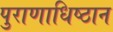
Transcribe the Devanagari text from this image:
पुराणाधिष्ठान